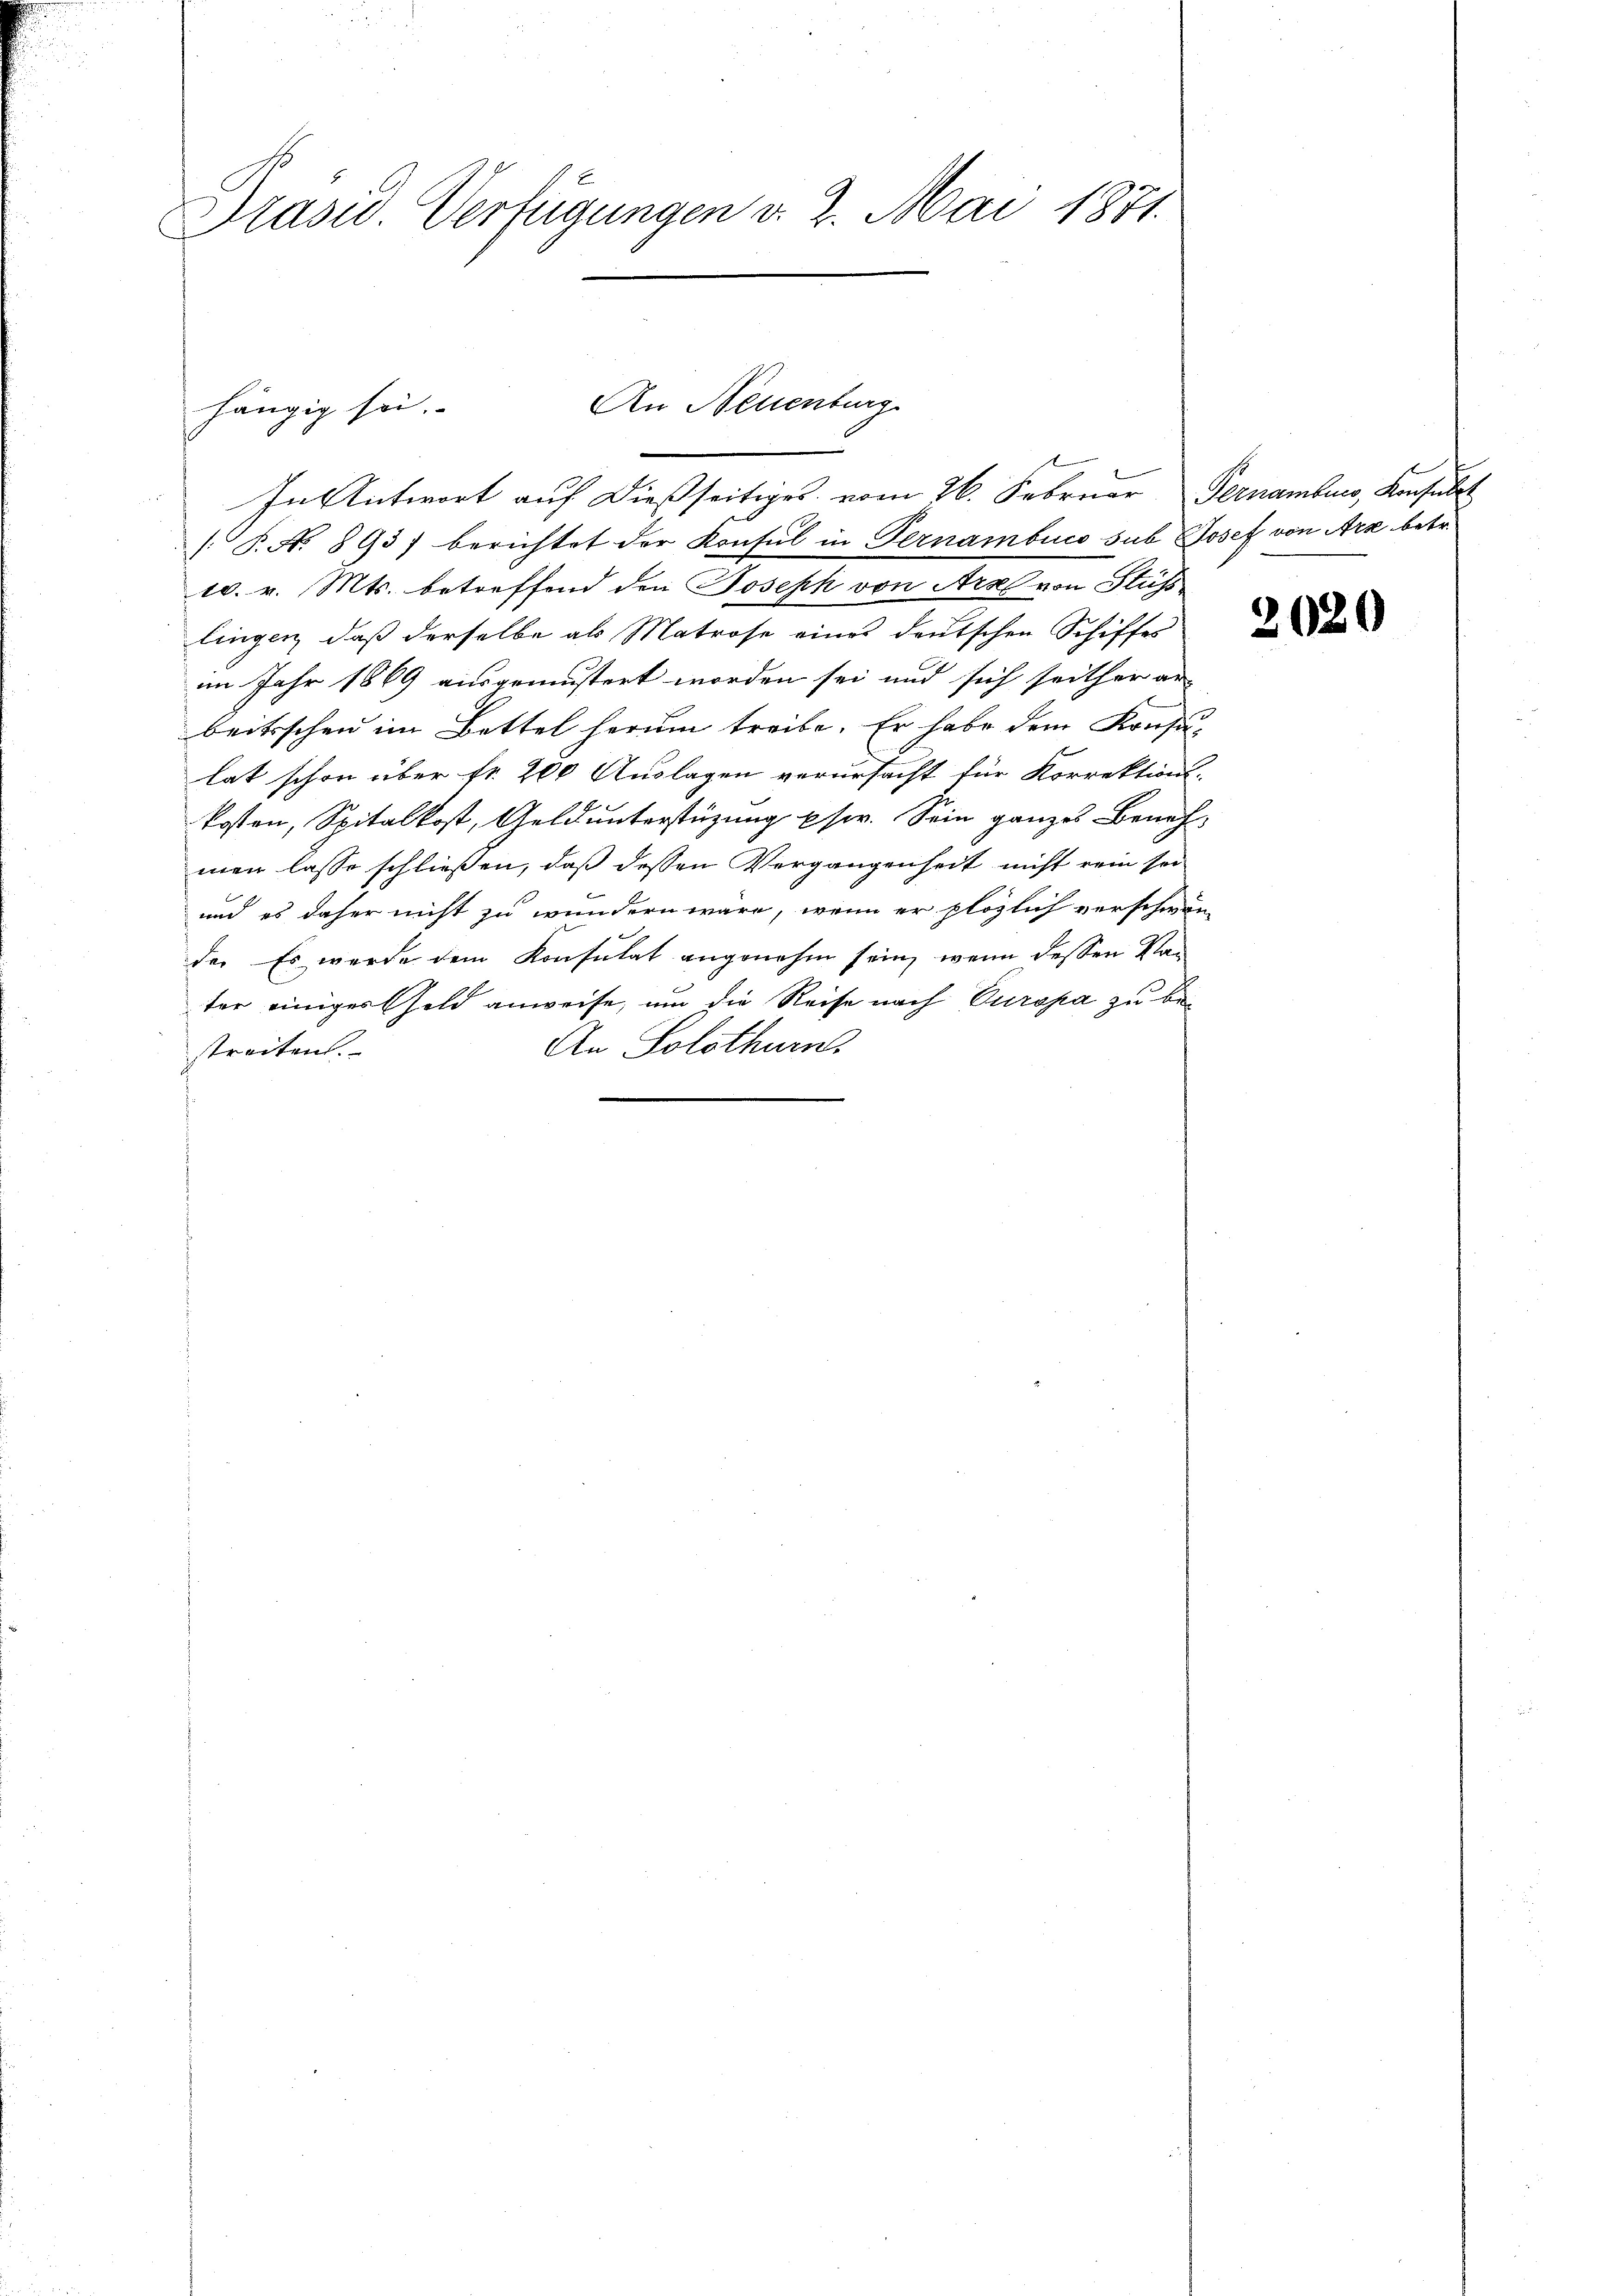
Präsid. Verfügungen v. 2. Mai 1871.

An Neuenburg
hängig sei.
In Antwort auf dießseitiges vom 26. Februar Pernamburg, Konsult

[P. N. 893) berichtet der Konsul in Pernambucs sub Josef von Arx betr.
10. v. Mts. betreffend den Joseph von Arzl von Stüss
lingen, daß derselbe als Matrose eines deutschen Schiffes
im Jahr 1869 ausgemustert worden sei und sich seither an-
beitsschen im Bettel herum treibe. Er habe dem Konsulat schon über fr. 200 Auslagen verursacht für Korrektions-
kosten, Spitalkost, Geld unterstüzung pser. Sein ganzes Benehmen lasse schließen, daß dessen Vergangenheit nicht rein sei
und es daher nicht zu wundern wäre, wenn er plözlich verschwan-
de. Es wurde dem Konsulat angenehm sein, wenn dessen Kan
ter einiger Geld anweise, um die Reise nach Europa zu be¬
An Solothurn.
streiten.

2020